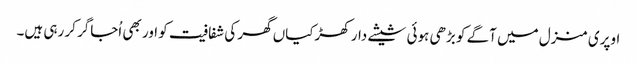
اوپری منزل میں آگے کو بڑھی ہوئی شیشے دار کھڑکیاں گھر کی شفافیت کو اور بھی اُجاگر کر رہی ہیں۔